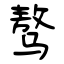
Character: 骜